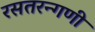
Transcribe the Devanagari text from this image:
रसतरन्गणी